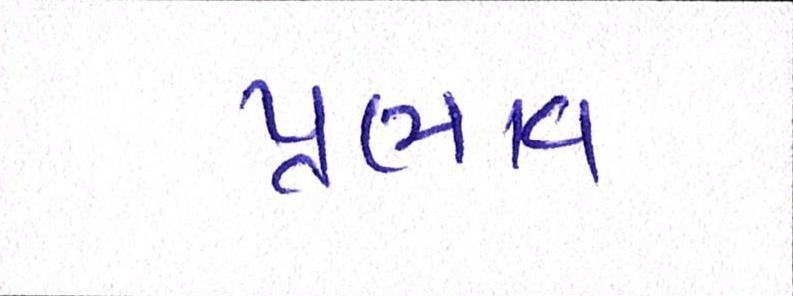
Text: પ્રભાવ